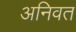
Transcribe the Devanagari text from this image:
अनिवत